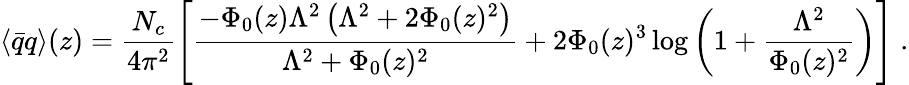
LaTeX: \langle\bar{q}q\rangle(z)=\frac{N_{c}}{4\pi^{2}}\left[\frac{-\Phi_{0}(z)\Lambda^{2}\left(\Lambda^{2}+2\Phi_{0}(z)^{2}\right)}{\Lambda^{2}+\Phi_{0}(z)^{2}}+2\Phi_{0}(z)^{3}\log\left(1+\frac{\Lambda^{2}}{\Phi_{0}(z)^{2}}\right)\right]\; .